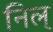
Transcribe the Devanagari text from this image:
निल्